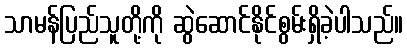
သာမန်ပြည်သူတို့ကို ဆွဲဆောင်နိုင်စွမ်းရှိခဲ့ပါသည်။